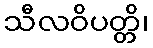
သီလဝိပတ္တိ၊